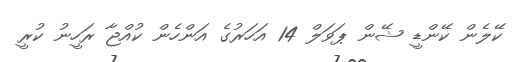
ކޭލެން ކޭންޑީ ޝޭން ޕަވަލް 14 އަހަރުގެ އަންހެން ކުއްޖާ ރަހީނު ކުރީ